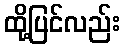
ထို့ပြင်လည်း